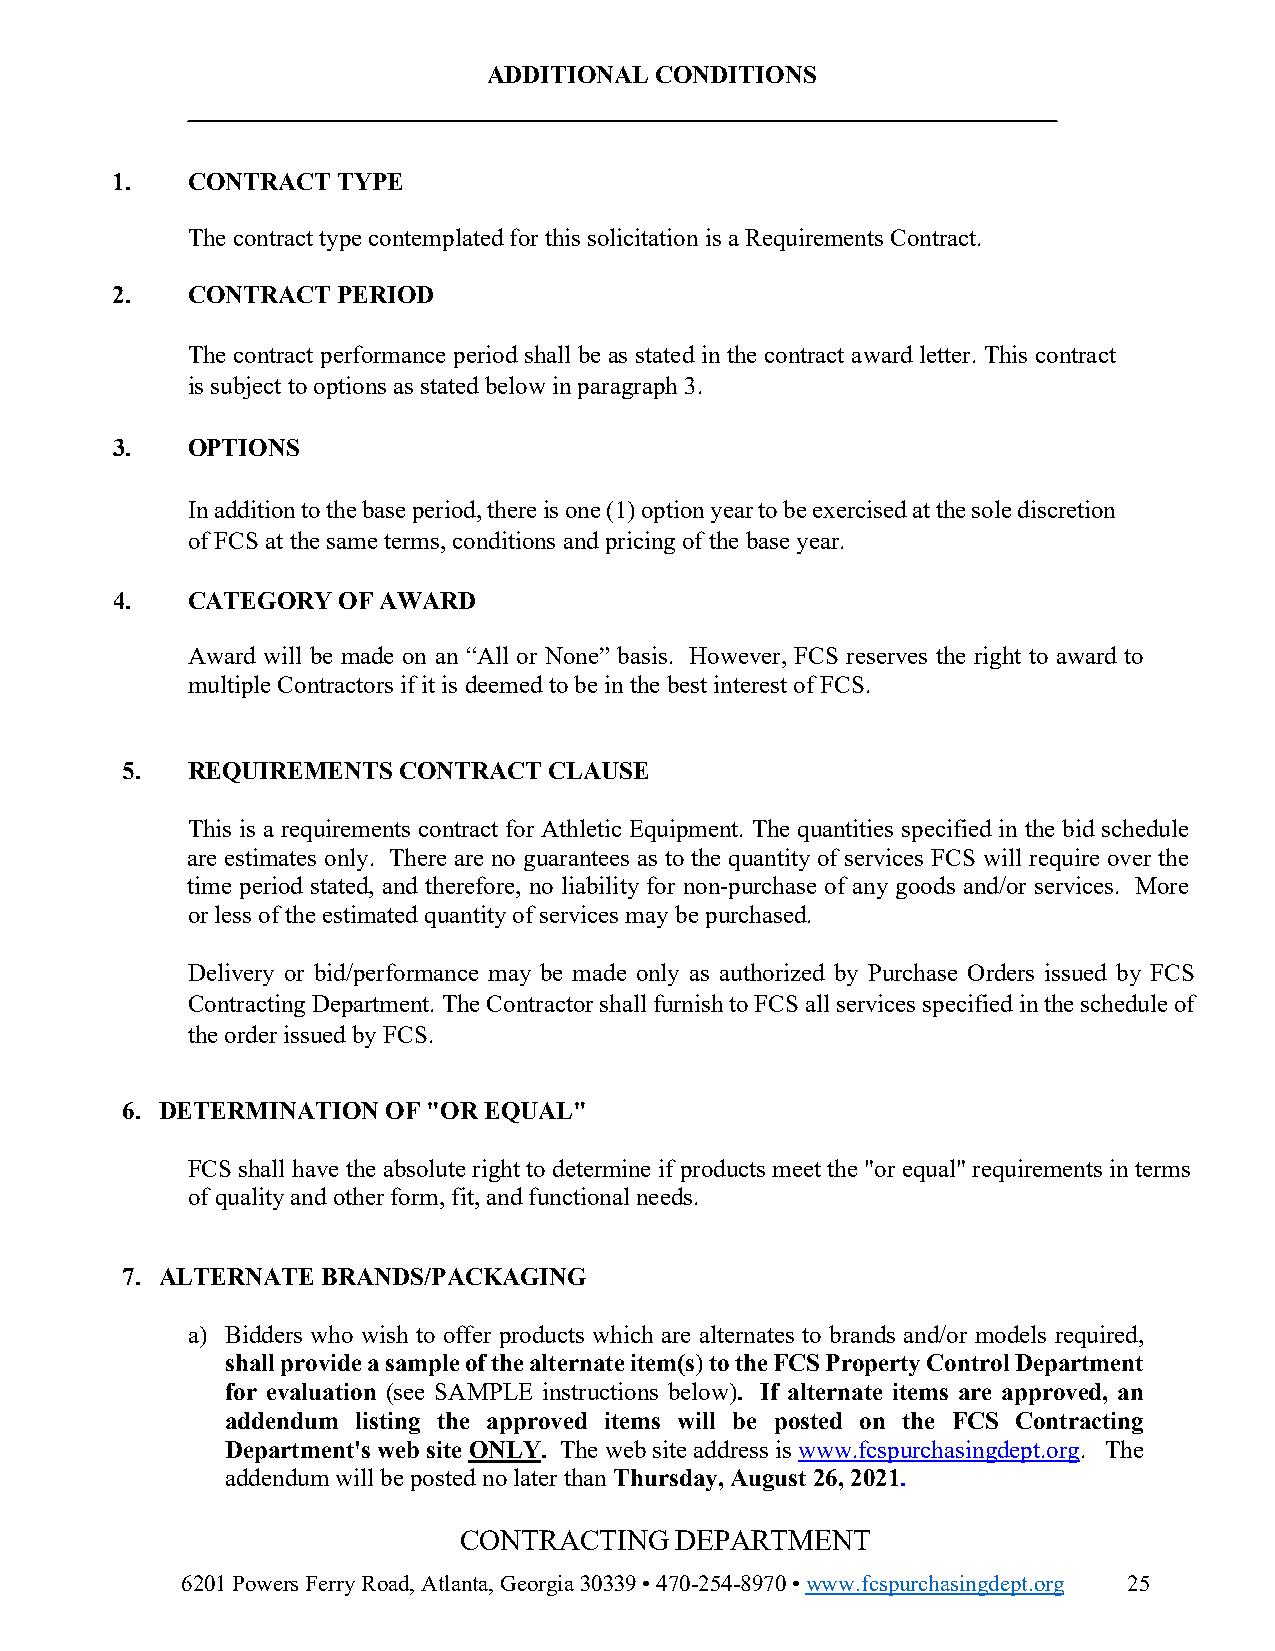
ADDITIONAL CONDITIONS
 1.   CONTRACT  TYPE
 The contract type contemplated for this solicitation is a Requirements Contract.
 2.   CONTRACT  PERIOD
 The contract performance period shall be as stated in the contract award letter. This contract
 is subject to options as stated below in paragraph 3.
 3.   OPTIONS
 In addition to the base period, there is one (1) option year to be exercised at the sole discretion
 of FCS at the same terms, conditions and pricing of the base year.
 4.   CATEGORY  OF AWARD
 Award will be made on an “All or None” basis. However, FCS reserves the right to award to
 multiple Contractors if it is deemed to be in the best interest of FCS.
 5.  REQUIREMENTS  CONTRACT  CLAUSE
 This is a requirements contract for Athletic Equipment. The quantities specified in the bid schedule
 are estimates only. There are no guarantees as to the quantity of services FCS will require over the
 time period stated, and therefore, no liability for non-purchase of any goods and/or services. More
 or less of the estimated quantity of services may be purchased.
 Delivery or bid/performance may be made only as authorized by Purchase Orders issued by FCS
 Contracting Department. The Contractor shall furnish to FCS all services specified in the schedule of
 the order issued by FCS.
 6. DETERMINATION  OF "OR EQUAL"
 FCS shall have the absolute right to determine if products meet the "or equal" requirements in terms
 of quality and other form, fit, and functional needs.
 7. ALTERNATE BRANDS/PACKAGING
 a) Bidders who wish to offer products which are alternates to brands and/or models required,
 shall provide a sample of the alternate item(s) to the FCS Property Control Department
 for evaluation (see SAMPLE instructions below). If alternate items are approved, an
 addendum listing the approved items will be posted on the FCS Contracting
 Department's web site ONLY. The web site address is www.fcspurchasingdept.org. The
 addendum will be posted no later than Thursday, August 26, 2021.
 CONTRACTING    DEPARTMENT
 6201 Powers Ferry Road, Atlanta, Georgia 30339 • 470-254-8970 • www.fcspurchasingdept.org 25